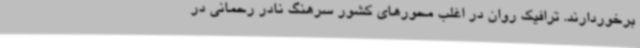
برخوردارند. ترافیک روان در اغلب محورهای کشور سرهنگ نادر رحمانی در